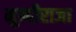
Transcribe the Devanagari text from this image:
मुन्दीराजा